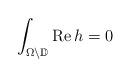
LaTeX: \begin{align*}\int_{\Omega\setminus\mathbb{D}}\mathrm{Re}\,h=0\end{align*}